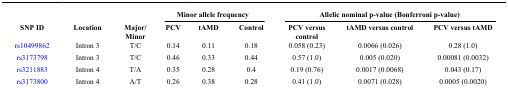
<table><thead><tr><td><b> </b></td><td><b> </b></td><td><b> </b></td><td colspan="3"><b>Minor allele frequency</b></td><td colspan="3"><b>Allelic nominal p-value (Bonferroni p-value)</b></td></tr><tr><td><b>SNP ID</b></td><td><b>Location</b></td><td><b>Major/ Minor</b></td><td><b>PCV</b></td><td><b>tAMD</b></td><td><b>Control</b></td><td><b>PCV versus control</b></td><td><b>tAMD versus control</b></td><td><b>PCV versus tAMD</b></td></tr></thead><tbody><tr><td>rs10499862</td><td>Intron 3</td><td>T/C</td><td>0.14</td><td>0.11</td><td>0.18</td><td>0.058 (0.23)</td><td>0.0066 (0.026)</td><td>0.28 (1.0)</td></tr><tr><td>rs3173798</td><td>Intron 3</td><td>T/C</td><td>0.46</td><td>0.33</td><td>0.44</td><td>0.57 (1.0)</td><td>0.005 (0.020)</td><td>0.00081 (0.0032)</td></tr><tr><td>rs3211883</td><td>Intron 4</td><td>T/A</td><td>0.35</td><td>0.28</td><td>0.4</td><td>0.19 (0.76)</td><td>0.0017 (0.0068)</td><td>0.043 (0.17)</td></tr><tr><td>rs3173800</td><td>Intron 4</td><td>A/T</td><td>0.26</td><td>0.38</td><td>0.28</td><td>0.41 (1.0)</td><td>0.0071 (0.028)</td><td>0.0005 (0.0020)</td></tr></tbody></table>